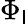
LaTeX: \Phi_{\mathsf{l}}